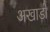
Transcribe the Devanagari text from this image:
अखाडों